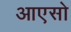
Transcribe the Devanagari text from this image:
आएसो